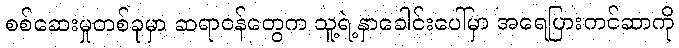
စစ်ဆေးမှုတစ်ခုမှာ ဆရာဝန်တွေက သူ့ရဲ့နှာခေါင်းပေါ်မှာ အရေပြားကင်ဆာကို